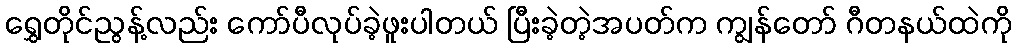
ရွှေတိုင်ညွန့်လည်း ကော်ပီလုပ်ခဲ့ဖူးပါတယ် ပြီးခဲ့တဲ့အပတ်က ကျွန်တော် ဂီတနယ်ထဲကို